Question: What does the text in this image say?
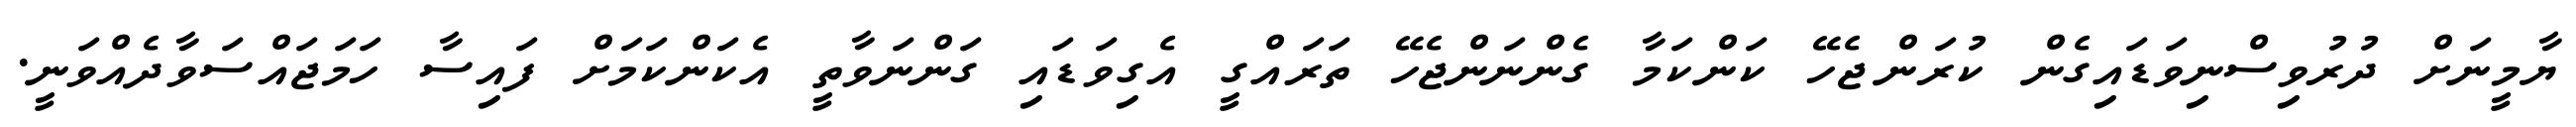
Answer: ޔާމީނަށް ދުރުވިސްނިވަޑައިގެން ކުރަންޖެހޭ ކަންކަމާ ގެންނަންޖެހޭ ތަރައްގީ އެގިވަޑައި ގަންނަވާތީ އެކަންކަމަށް ފައިސާ ހަމަޖައްސަވާދެއްވަނީ.